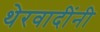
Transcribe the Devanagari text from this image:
थेरवादींनी